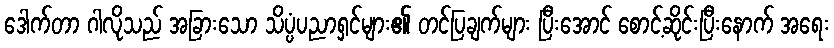
ဒေါက်တာ ဂါလိုသည် အခြားသော သိပ္ပံပညာရှင်များ၏ တင်ပြချက်များ ပြီးအောင် စောင့်ဆိုင်းပြီးနောက် အရေး